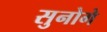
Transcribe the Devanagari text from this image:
सुनोगे